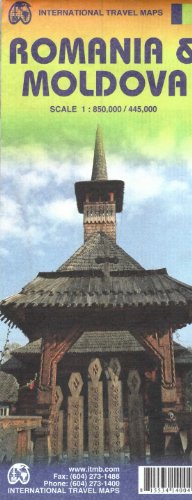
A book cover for Romania & Moldova ITMB Map 1:850,000/445,000 (International Travel Maps); ITMB Canada; Travel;